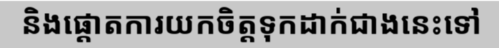
និងផ្តោតការយកចិត្តទុកដាក់ជាងនេះទៅ